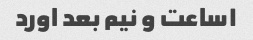
۱ساعت و نیم بعد اورد